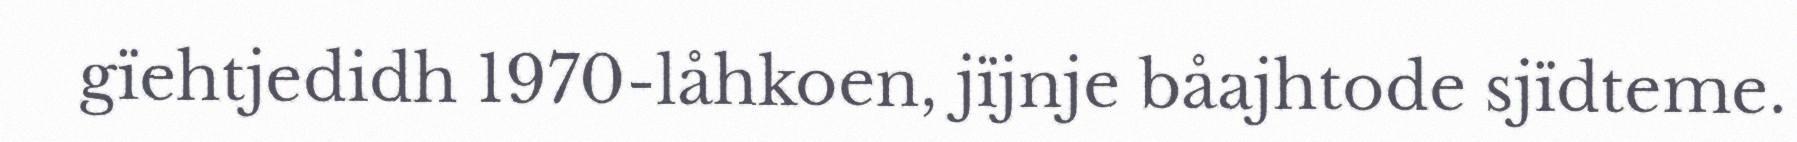
gïehtjedidh 1970-låhkoen, jïjnje båajhtode sjïdteme.